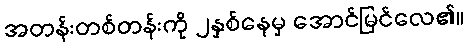
အတန်းတစ်တန်းကို ၂နှစ်နေမှ အောင်မြင်လေ၏။